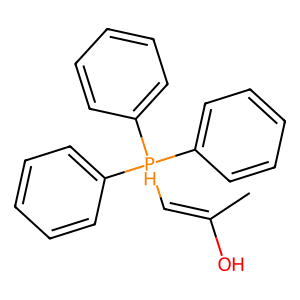
SMILES: CC(O)=C[PH](c1ccccc1)(c1ccccc1)c1ccccc1
Inhibits HIV replication: No